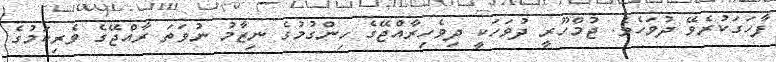
ފާހަގަކުރެވޭ ދުވަހެވެ. ޖުމްހޫރީ ދުވަހަކީ ދިވެހިރާއްޖޭގެ ހިންގުމުގެ ނިޒާމު ނުވަތަ ރާއްޖޭގެ ވެރިކަމުގެ